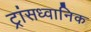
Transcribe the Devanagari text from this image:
ट्रांसध्वानिक